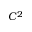
C ^ { 2 }